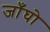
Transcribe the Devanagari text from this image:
जाँघो